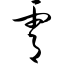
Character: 霄